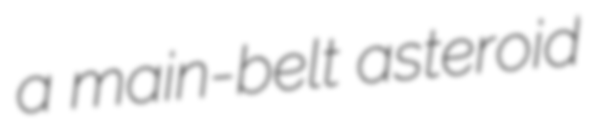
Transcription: a main-belt asteroid